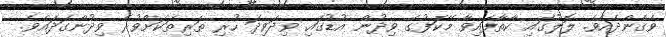
ވެގެންދެއެވެ. ލޮލުގައި ކާތާފައިވާ މޭކަފުގެ ވިދުން އުޑުގައި ވިދަވިދަ ހުރި ތަރިތަކަށްވުރެ ވިދުންގަދައެވެ.